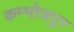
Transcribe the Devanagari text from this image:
कम्भोजपुर